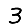
Digit: 3